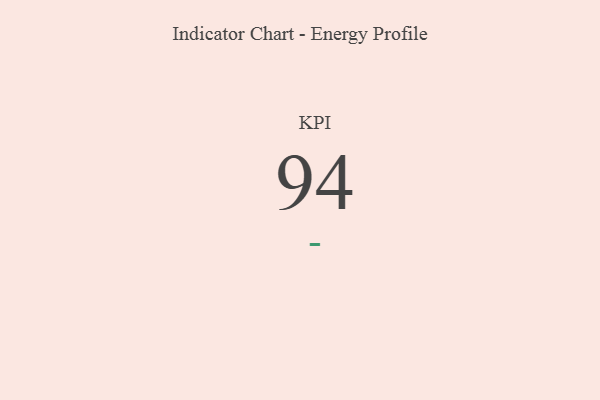
{"axis": {"x": "KPI", "y": "Value"}, "legend": [""], "data": [{"x": "KPI", "y": 94, "type": ""}]}